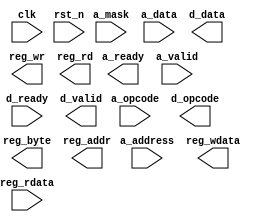
module slave (
    input  wire        clk      ,   
    input  wire        rst_n    ,
    output reg         a_ready  ,
    input  wire        a_valid  ,  
    input  wire [3:0]  a_opcode ,
    input  wire [3:0]  a_mask   ,
    input  wire [3:0]  a_address,
    input  wire [31:0] a_data   ,
    input  wire        d_ready  ,
    output reg         d_valid  ,
    output reg  [3:0]  d_opcode ,
    output reg  [31:0] d_data   ,
    output reg         reg_wr   ,
    output reg         reg_rd   ,
    output reg  [3:0]  reg_byte ,
    output reg  [3:0]  reg_addr ,
    output reg  [31:0] reg_wdata,
    input  wire [31:0] reg_rdata
);
// Your code here
endmodule